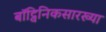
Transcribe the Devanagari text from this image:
बॉट्विनिकसारख्या